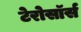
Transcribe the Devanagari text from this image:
टेरोसॉर्स